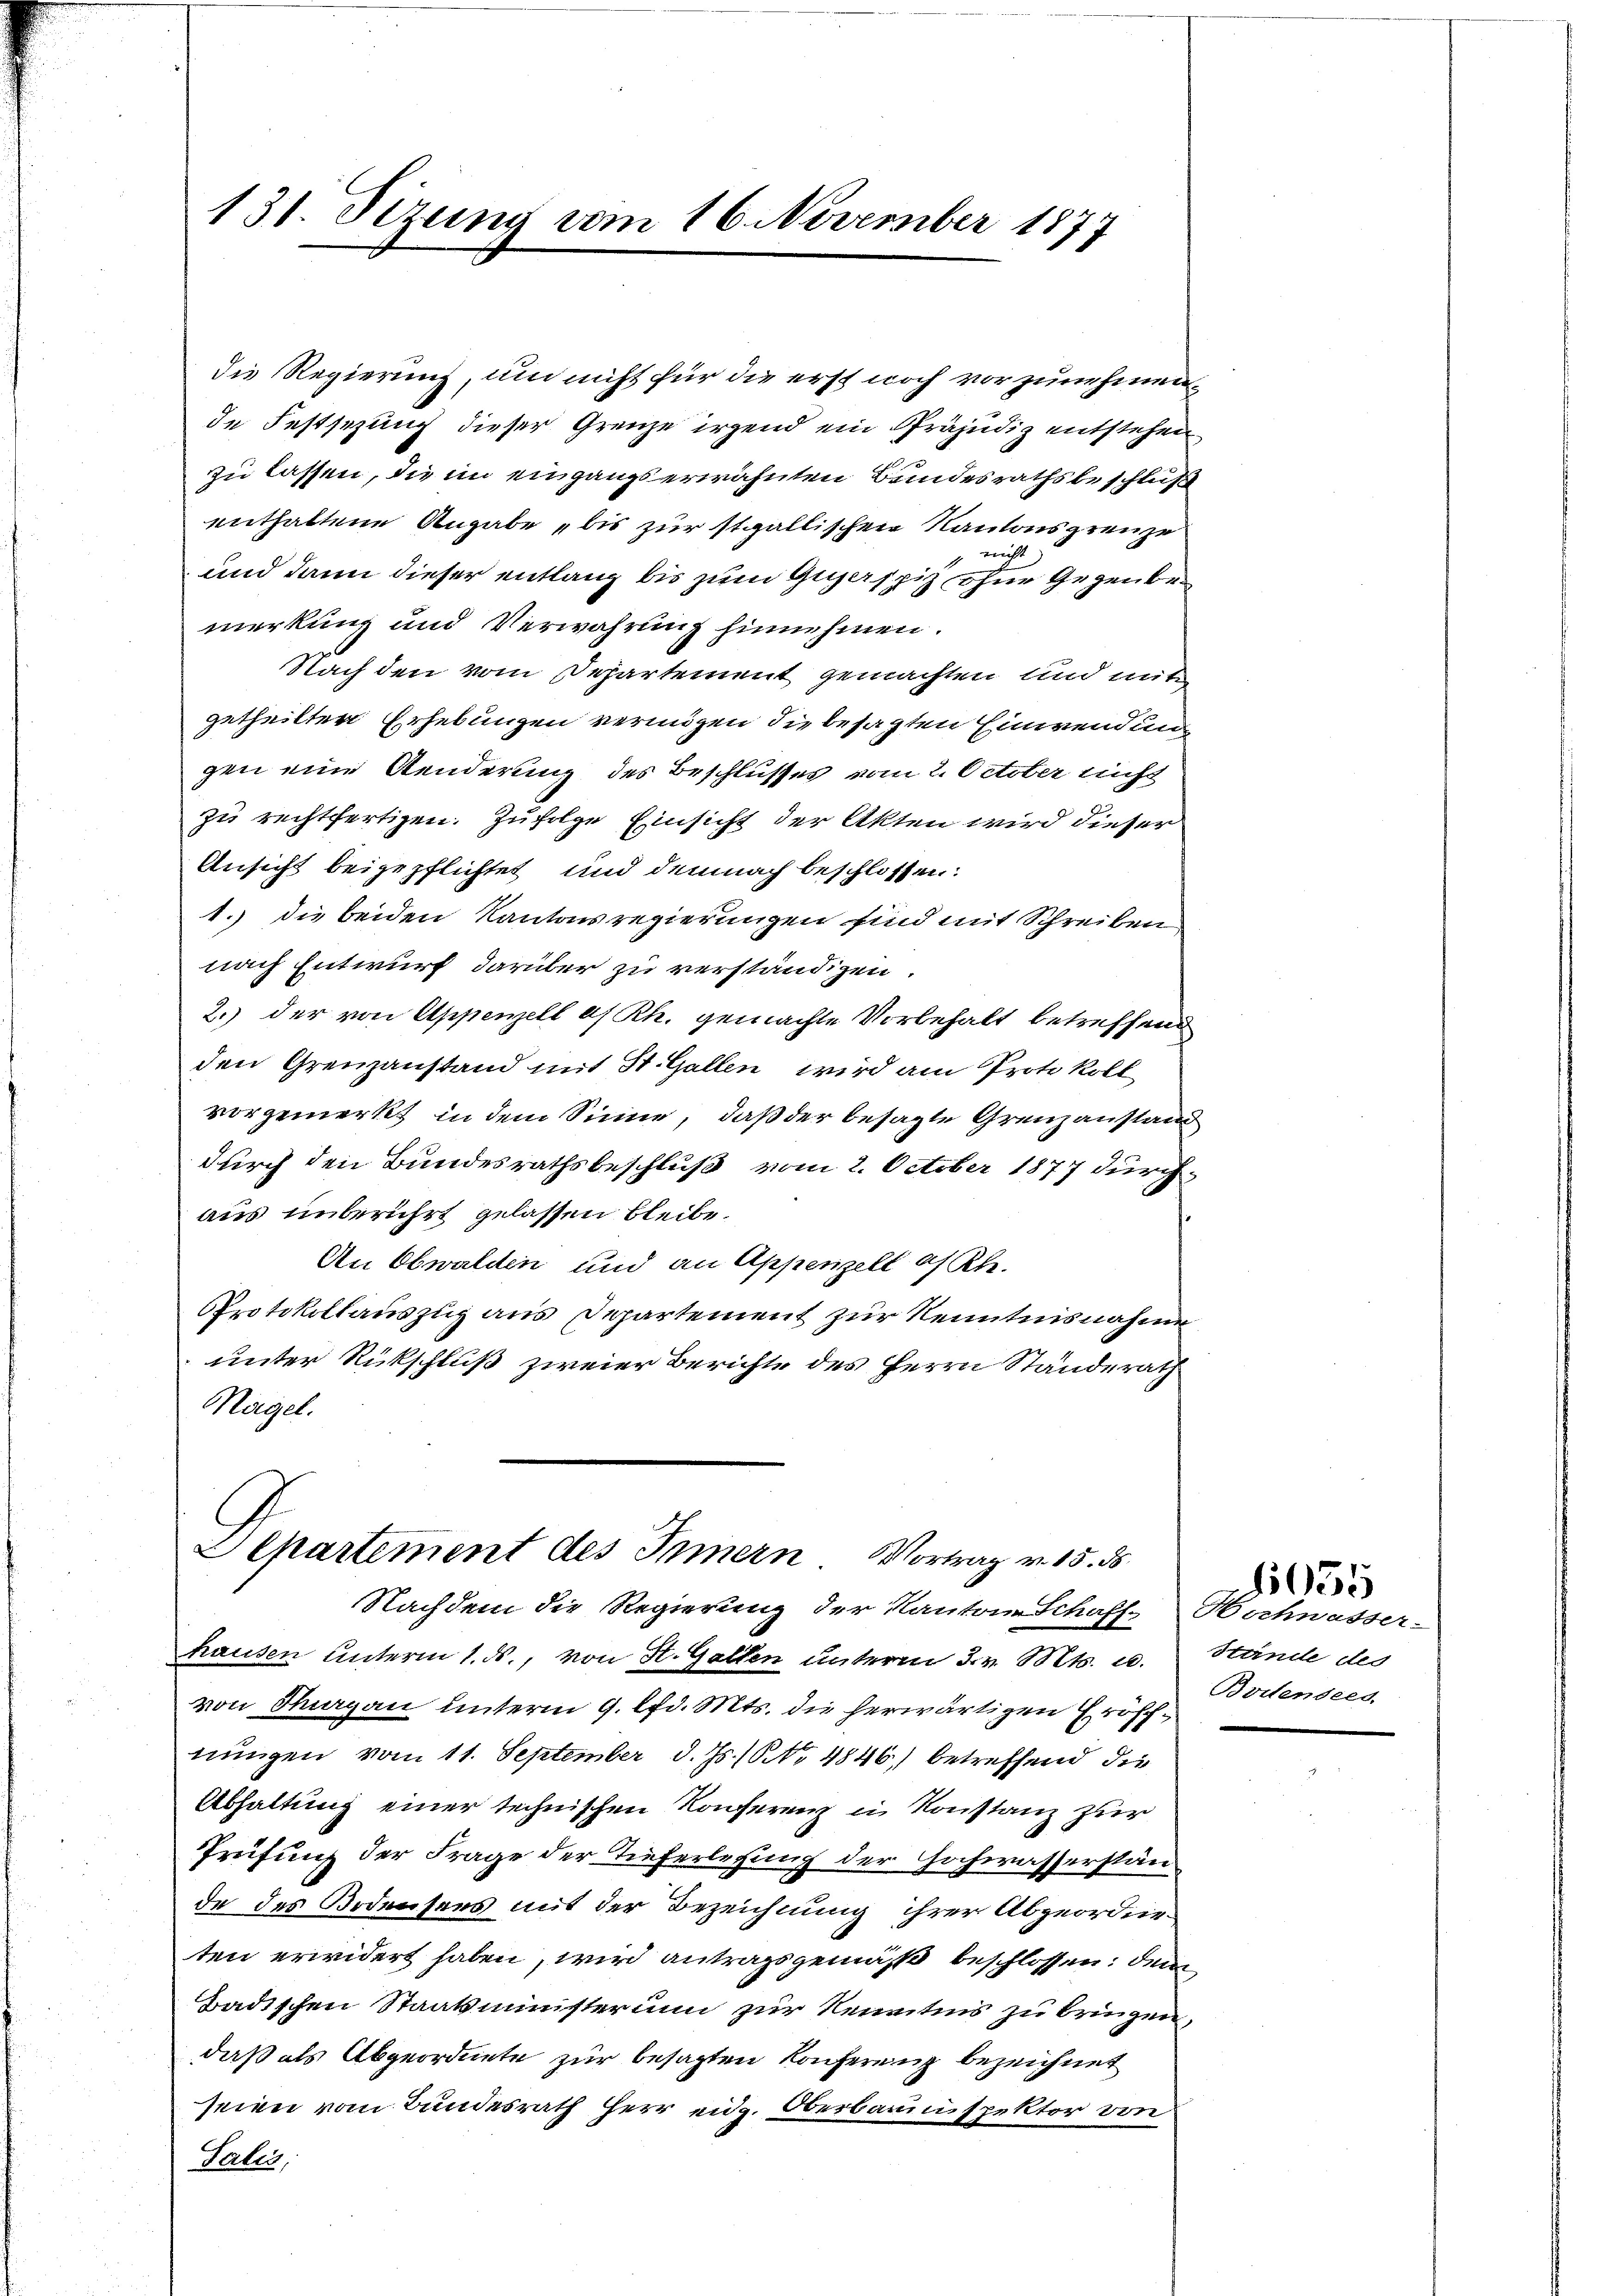
die Regierung, um nicht für die erst noch vorzunehmen.
de Festsezung dieser Grenze irgend ein Präjudiz entstehen
zu lassen, die im eingangs erwähnten Bundesrathsbeschluß
enthaltene Angabe bis zur stgallischen Kantonsgrenze
rricht
und dann dieser entlang bis zum Gigaspiz ohne Gegenbemerkung und Verwahrung hinnehmen.
Nach den vom Departement gemachten und mit
getheilten Erhebungen vermögen die besagten Einwendungen eine Aenderung des Beschlusses vom 2. October nicht
zu rechtfertigen. Zufolge Einsicht der Akten wird dieser
Ansicht beigepflichtet und demnach beschlossen:
1. die beiden Kantonsregierungen sind mit Schreiben
nach Entwurf darüber zu verständigen.
2.) der von Appenzell af Rh. gemachte Vorbehalt betreffend
den Grenzanstand mit St. Gallen wird am Protokoll
vorgemerkt in dem Sinne, daß der besagte Grenzanstand
durch den Bundesrathsbeschluß vom 2. October 1877 durchaus unberührt gelassen bleibe.
An Obwalden und an Appenzell af Khe.
Protokollauszug aus Departement zur Kenntnisnahme
unter Rückschluß zweier Berichte des Herrn Standerath
Nagel.

131. Sizung vom 16. November 1877

Separtement des Innern Vortrag v. 15. ds.
Nachdem die Regierung der Kantone Schaff- Hochwasser-

hausen Unterm 1. ds., von St. Gallen unterm 3. v. Mts. a. Stände des
von Sargau unterm 9. lfd. Mts. die herwärtigen Eröffnungen vom 11. September d. Js. No 4846) betreffend die
Abhaltung einer technischen Konferenz in Konstanz zur
Prüfung der Frage der Tieferlesung der Hochwasserstände des Bodensens mit der Bezeichnung ihrer Abgeordne
ten erwidert haben, wird antragsgemäß beschlossen, dem
Badischen Staatsministerium zur Kenntnis zu bringen,
daß als Abgeordnete zur besagten Konferenz bezeichnet
seien vom Bundesrath Herr eidg. Oberbauinspektor von
Salis,

Britensees

55